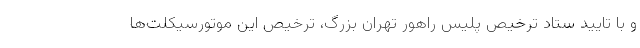
و با تایید ستاد ترخیص پلیس راهور تهران بزرگ، ترخیص این موتورسیکلت‌ها